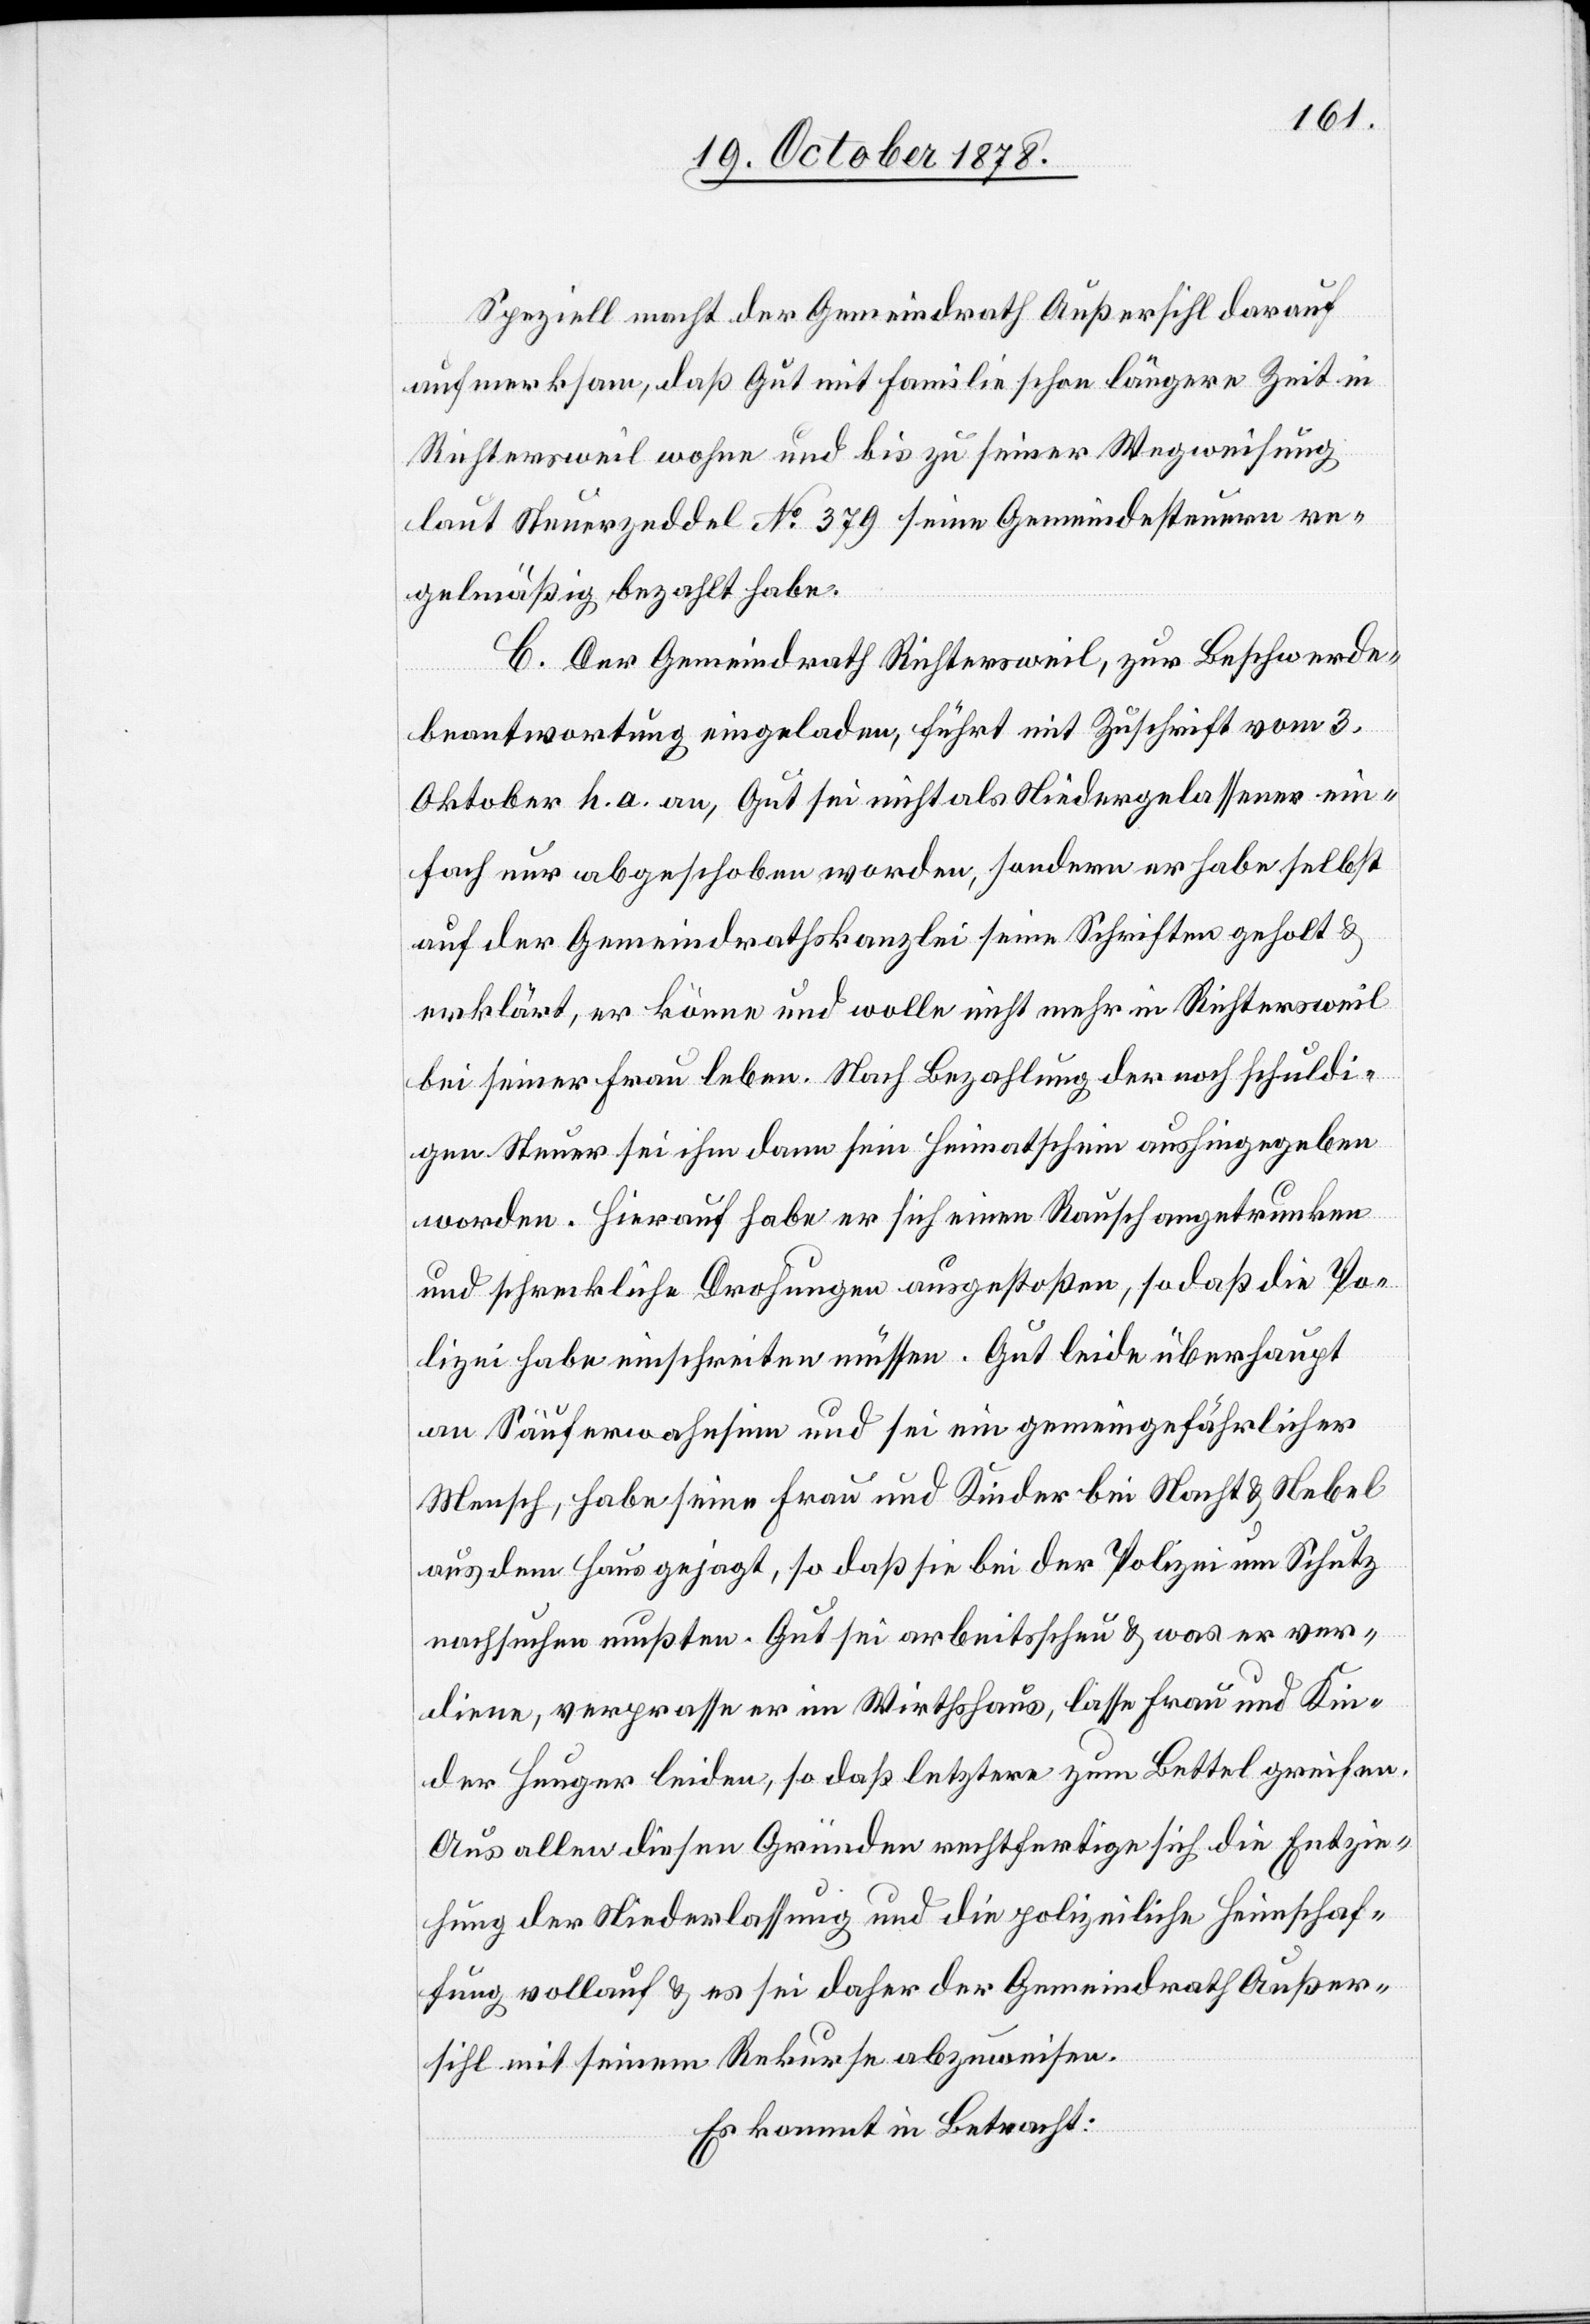
Speziell macht der Gemeindrath Außersihl darauf
aufmerksam, daß Gut mit Familie schon längere Zeit in
Richtersweil wohne und bis zu seiner Wegweisung
laut Steuerzeddel No 379 seine Gemeindesteuern re¬
gelmäßig bezahlt habe.
C. Der Gemeindrath Richtersweil, zur Beschwerde¬
beantwortung eingeladen, führt mit Zuschrift vom 3.
Oktober h. a. an, Gut sei nicht als Niedergelassener ein¬
fach nur abgeschoben worden, sondern er habe selbst
auf der Gemeindrathskanzlei seine Schriften geholt &
erklärt, er könne und wolle nicht mehr in Richtersweil
bei seiner Frau leben. Nach Bezahlung der noch schuldi¬
gen Steuer sei ihm dann sein Heimatschein aushingegeben
worden. Hierauf habe er sich einen Rausch angetrunken
und schreckliche Drohungen ausgestoßen, so daß die Po¬
lizei habe einschreiten müssen. Gut leide überhaupt
an Säuferwahnsinn und sei ein gemeingefährlicher
Mensch, habe seine Frau und Kinder bei Nacht & Nebel
aus dem Haus gejagt, so daß sie bei der Polizei um Schutz
nachsuchen mußten. Gut sei arbeitsscheu & was er ver¬
diene, verprasse er im Wirthshaus, lasse Frau und Kin¬
der Hunger leiden, so daß letztere zum Bettel greifen.
Aus allen diesen Gründen rechtfertige sich die Entzie¬
hung der Niederlassung und die polizeiliche Heimschaf¬
fung vollauf & es sei daher der Gemeindrath Außer¬
sihl mit seinem Rekurse abzuweisen.
Es kommt in Betracht: